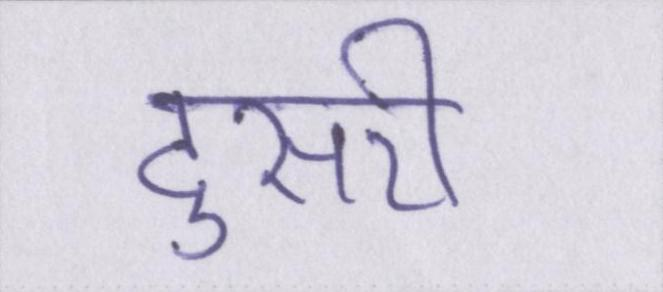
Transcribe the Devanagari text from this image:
दुसरी